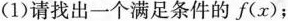
(1)请找出一个满足条件的f(x)；